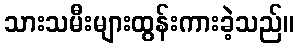
သားသမီးများထွန်းကားခဲ့သည်။